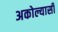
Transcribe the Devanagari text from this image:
अकोल्यासी